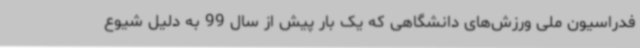
فدراسیون ملی ورزش‌های دانشگاهی که یک بار پیش از سال 99 به دلیل شیوع